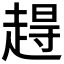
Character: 𫎹